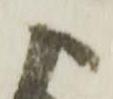
よ